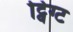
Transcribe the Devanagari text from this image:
ट्विग्ट